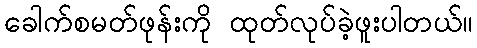
ခေါက်စမတ်ဖုန်းကို ထုတ်လုပ်ခဲ့ဖူးပါတယ်။